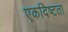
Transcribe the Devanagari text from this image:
एकदिष्‍टता